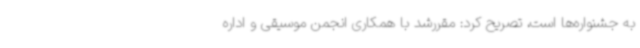
به جشنواره‌ها است، تصریح کرد: مقررشد با همکاری انجمن موسیقی و اداره